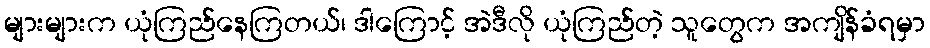
များများက ယုံကြည်နေကြတယ်၊ ဒါကြောင့် အဲဒီလို ယုံကြည်တဲ့ သူတွေက အကျိန်ခံရမှာ